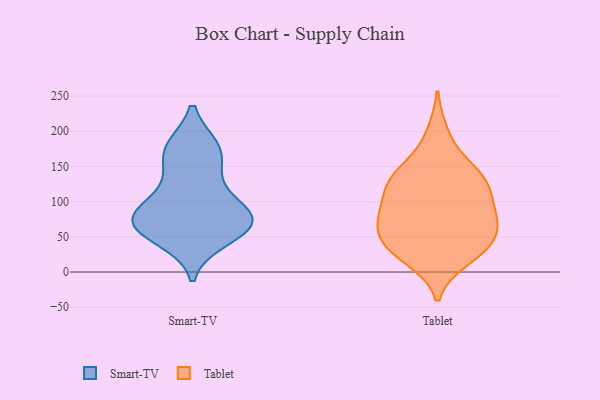
{"axis": {"x": "Shipments", "y": "Value"}, "legend": ["Smart-TV", "Tablet"], "data": [{"x": "", "y": 175, "type": "Smart-TV"}, {"x": "", "y": 48, "type": "Smart-TV"}, {"x": "", "y": 170, "type": "Smart-TV"}, {"x": "", "y": 76, "type": "Smart-TV"}, {"x": "", "y": 130, "type": "Smart-TV"}, {"x": "", "y": 79, "type": "Smart-TV"}, {"x": "", "y": 62, "type": "Smart-TV"}, {"x": "", "y": 74, "type": "Smart-TV"}, {"x": "", "y": 173, "type": "Smart-TV"}, {"x": "", "y": 103, "type": "Smart-TV"}, {"x": "", "y": 67, "type": "Smart-TV"}, {"x": "", "y": 72, "type": "Smart-TV"}, {"x": "", "y": 134, "type": "Tablet"}, {"x": "", "y": 52, "type": "Tablet"}, {"x": "", "y": 75, "type": "Tablet"}, {"x": "", "y": 156, "type": "Tablet"}, {"x": "", "y": 33, "type": "Tablet"}, {"x": "", "y": 88, "type": "Tablet"}, {"x": "", "y": 29, "type": "Tablet"}, {"x": "", "y": 91, "type": "Tablet"}, {"x": "", "y": 122, "type": "Tablet"}, {"x": "", "y": 126, "type": "Tablet"}, {"x": "", "y": 197, "type": "Tablet"}, {"x": "", "y": 137, "type": "Tablet"}, {"x": "", "y": 19, "type": "Tablet"}, {"x": "", "y": 71, "type": "Tablet"}, {"x": "", "y": 31, "type": "Tablet"}, {"x": "", "y": 53, "type": "Tablet"}, {"x": "", "y": 71, "type": "Tablet"}, {"x": "", "y": 119, "type": "Tablet"}]}